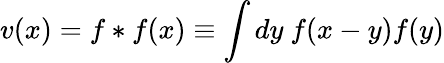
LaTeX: v(x)=f\ast f(x)\equiv\int dy\ f(x-y)f(y)